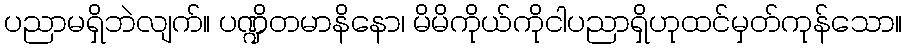
ပညာမရှိဘဲလျက်။ ပဏ္ဍိတမာနိနော၊ မိမိကိုယ်ကိုငါပညာရှိဟုထင်မှတ်ကုန်သော။